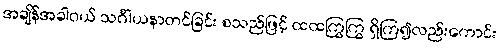
အချိန်အခါဝယ် သင်္ဂါယနာတင်ခြင်း စသည်ဖြင့် ထထကြွကြွ ရှိကြ၍လည်းကောင်း